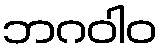
ဘဂဝါဝ